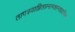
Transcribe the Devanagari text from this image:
तापत्रयाग्नितप्तनामशान्तप्राणिनां